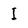
Character: I